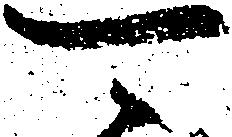
可